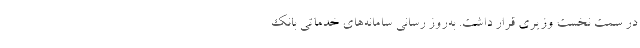
در سمت نخست وزیری قرار داشت. به‌روز رسانی سامانه‌های خدماتی بانک